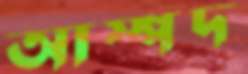
আস্পদ